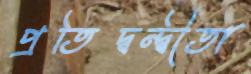
প্রতিদ্বন্দ্বীতা